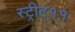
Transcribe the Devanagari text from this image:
स्ट्रीट११